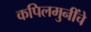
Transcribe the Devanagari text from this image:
कपिलमुनींचे